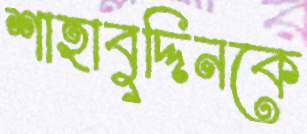
শাহাবুদ্দিনকে